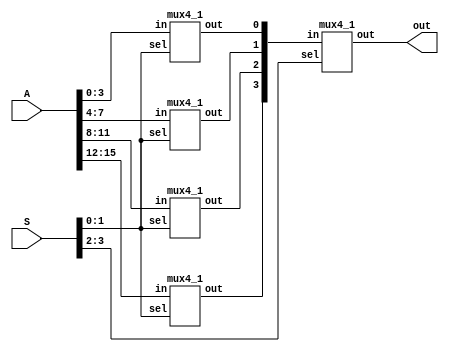
`timescale 1ns / 1ps

module MUX16x1 (A,S,out);
input [15:0] A;
input [3:0] S ;
output out;

wire [3:0] k;

mux4_1 M1(A[3:0],S[1:0],k[0]);
mux4_1 M2(A[7:4],S[1:0],k[1]);
mux4_1 M3(A[11:8],S[1:0],k[2]);
mux4_1 M4(A[15:12],S[1:0],k[3]);
mux4_1 M5(k[3:0],S[3:2],out);

endmodule
module mux4_1(in,sel,out);
input [3:0] in;
input [1:0] sel;
output reg out;

always @ (*)
begin
    case(sel)
    2'b00:out=in[0];
    2'b01:out=in[1];
    2'b10:out=in[2];
    2'b11:out=in[3];
endcase
end
endmodule